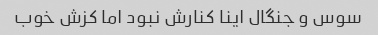
سوس و جنگال اینا کنارش نبود اما کزش خوب